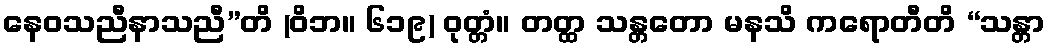
နေဝသညီနာသညီ”တိ (ဝိဘ။ ၆၁၉) ဝုတ္တံ။ တတ္ထ သန္တတော မနသိ ကရောတီတိ “သန္တာ